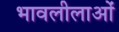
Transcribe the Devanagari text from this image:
भावलीलाओं